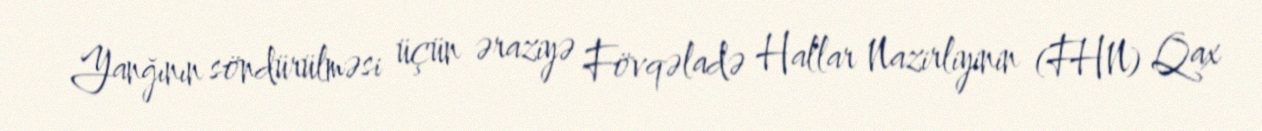
Yanğının söndürülməsi üçün əraziyə Fövqəladə Hallar Nazirliyinin (FHN) Qax